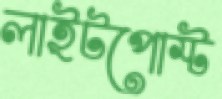
লাইটপোস্ট